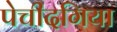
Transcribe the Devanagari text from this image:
पेचीदगिया